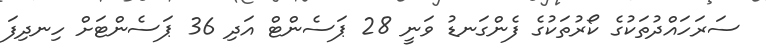
ސަރަހައްދުތަކުގެ ކޯރުތަކުގެ ފެންގަނޑު ވަނީ 28 ޕަސެންޓް އަދި 36 ޕަސެންޓަށް ހިނދިފަ